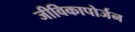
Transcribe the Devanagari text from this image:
जीविकापोर्जन